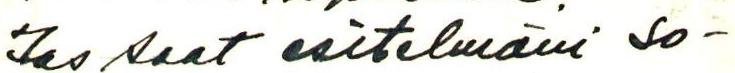
Jos saat esitelmäni so-